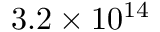
3 . 2 \times 1 0 ^ { 1 4 }